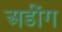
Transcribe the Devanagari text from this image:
अडींग